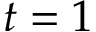
t = 1